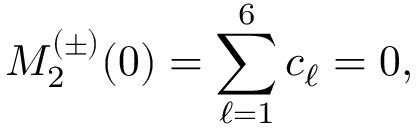
M _ { 2 } ^ { ( \pm ) } ( 0 ) = \sum _ { \ell = 1 } ^ { 6 } c _ { \ell } = 0 ,